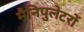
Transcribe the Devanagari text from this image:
मैनिपुलेटरों